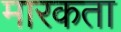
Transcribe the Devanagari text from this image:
मारकता